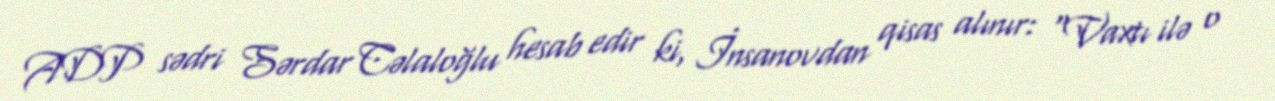
ADP sədri Sərdar Cəlaloğlu hesab edir ki, İnsanovdan qisas alınır: “Vaxtı ilə o